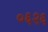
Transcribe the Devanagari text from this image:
०६२६